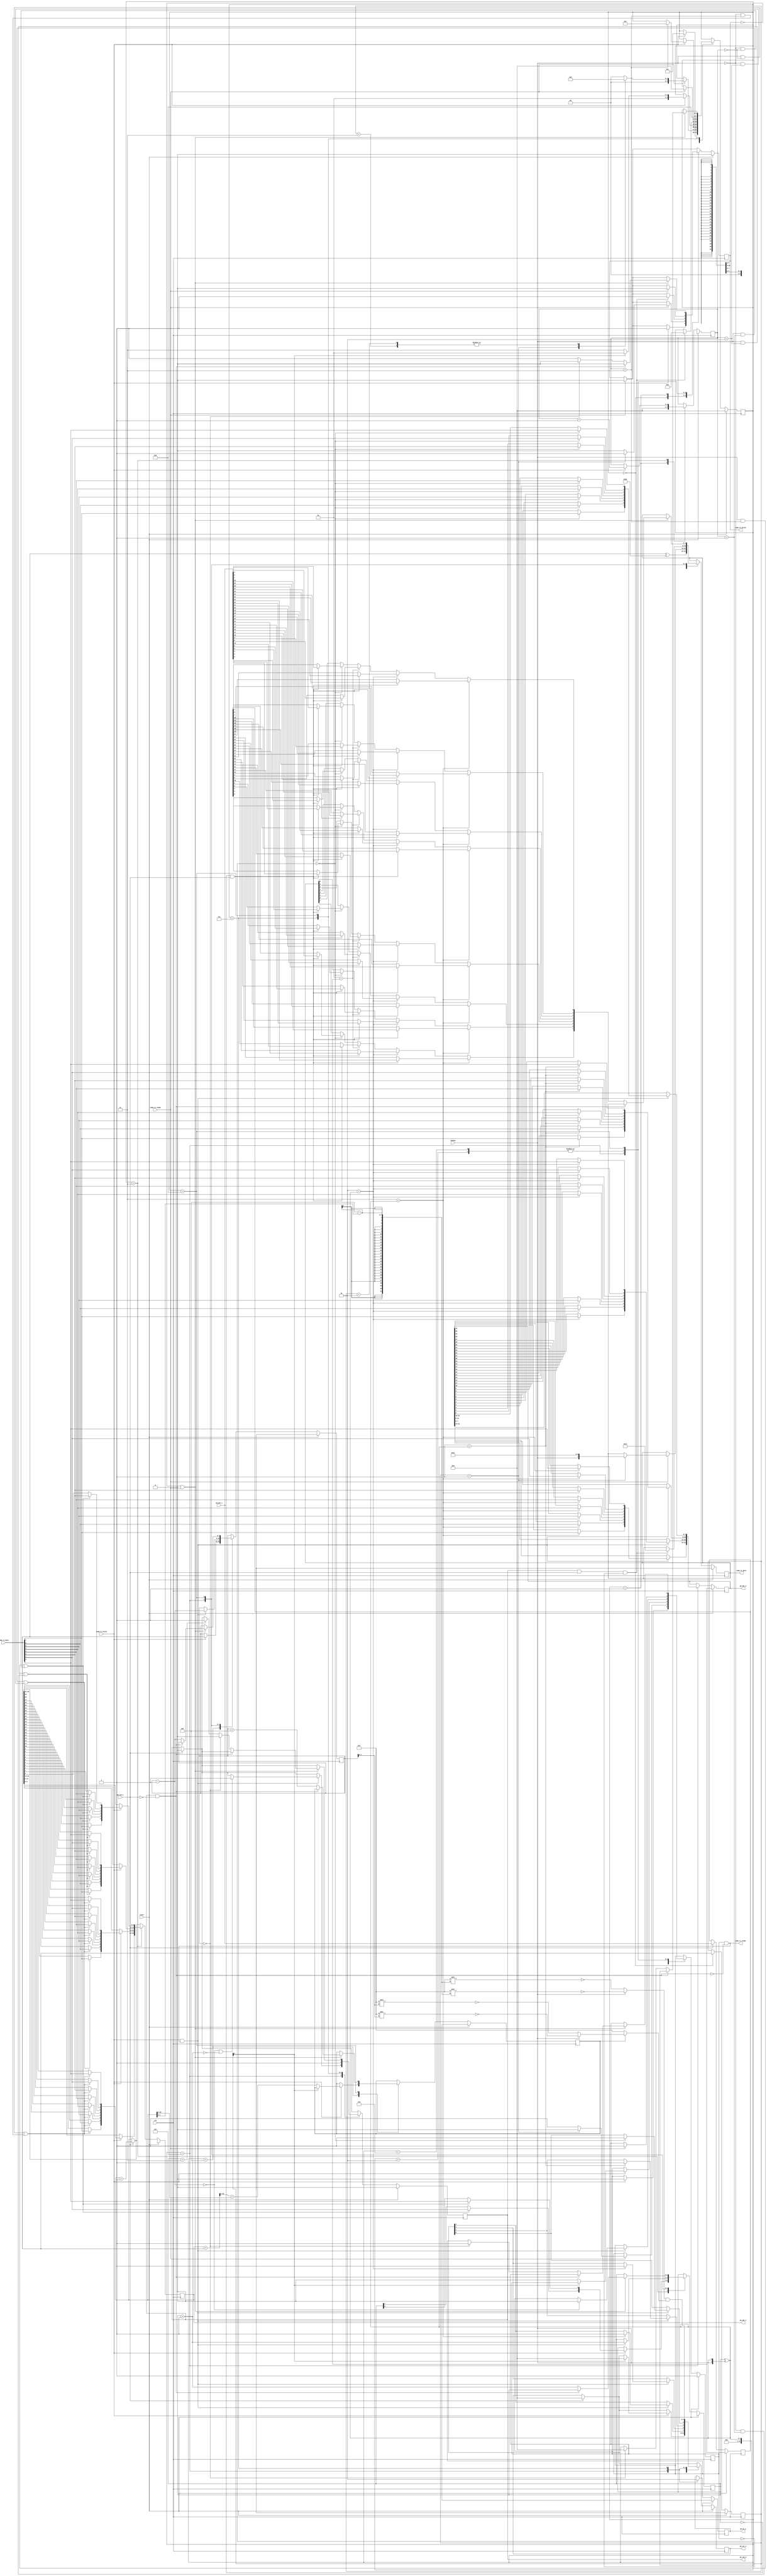
// ---------------------------------------------------------------------------
//  Jelly  -- The platform for real-time computing
//
//                                 Copyright (C) 2008-2015 by Ryuji Fuchikami
//                                 https://github.com/ryuz/jelly.git
// ---------------------------------------------------------------------------



`timescale       1ns / 1ps
`default_nettype none


// nop         8'h00
// nop               8'h80
//
// status      8'h01
// status_ack        8'h81 status
//
// read        8'h03       adr0 adr1 adr2 adr3 size  
// read_ack          8'ha0                          dat0 dat1 dat2 dat3 ....
//
// write       8'h02       adr0 adr1 adr2 adr3 size dat0 dat1 dat2 dat3 ....
// write_ack         8'h82                                                   8'hc2

`define COMM_CMD_NOP            8'h00
`define COMM_CMD_STATUS         8'h01
`define COMM_CMD_READ           8'h02
`define COMM_CMD_WRITE          8'h03

`define COMM_ACK_NOP            8'h80
`define COMM_ACK_STATUS         8'h81
`define COMM_ACK_READ           8'h82
`define COMM_ACK_WRITE          8'h83
`define COMM_ACK_WRITE_END      8'hc3


// debug comm
module jelly_comm_to_wishbone
        #(
            parameter   WB_ADR_WIDTH = 30,
            parameter   WB_DAT_SIZE  = 2,                   // log2 (0:8bit, 1:16nit, 2:32bit, ...)
            parameter   WB_DAT_WIDTH = (8 << WB_DAT_SIZE),
            parameter   WB_SEL_WIDTH = (1 << WB_DAT_SIZE)
        )
        (
            // system
            input   wire                        reset,
            input   wire                        clk,
            input   wire                        endian,
            
            // comm port
            output  wire    [7:0]               comm_tx_data,
            output  wire                        comm_tx_valid,
            input   wire                        comm_tx_ready,
            input   wire    [7:0]               comm_rx_data,
            input   wire                        comm_rx_valid,
            output  wire                        comm_rx_ready,
            
            // debug port (whishbone)
            output  wire    [WB_ADR_WIDTH-1:0]  wb_adr_o,
            input   wire    [WB_DAT_WIDTH-1:0]  wb_dat_i,
            output  wire    [WB_DAT_WIDTH-1:0]  wb_dat_o,
            output  wire                        wb_we_o,
            output  wire    [WB_SEL_WIDTH-1:0]  wb_sel_o,
            output  wire                        wb_stb_o,
            input   wire                        wb_ack_i
        );
    
    localparam  ADR_BYTES    = ((WB_ADR_WIDTH + WB_DAT_SIZE + 7) >> 3) == 0 ? 1 : ((WB_ADR_WIDTH + WB_DAT_SIZE  + 7) >> 3);
    localparam  ADR_SEL_BITS = WB_DAT_SIZE == 0 ? 1 : WB_DAT_SIZE;
    
    // status
    wire    [7:0]   status_data;
    assign status_data[3:0]  = ADR_BYTES;
    assign status_data[6:4]  = WB_DAT_SIZE;
    assign status_data[7]    = endian;
    
    
    // state
    localparam  [3:0]   ST_IDLE       = 0;
    localparam  [3:0]   ST_ACK        = 1;
    localparam  [3:0]   ST_STATUS     = 2;
    localparam  [3:0]   ST_ADR        = 3;
    localparam  [3:0]   ST_SIZE       = 4;
    localparam  [3:0]   ST_WRITE      = 5;
    localparam  [3:0]   ST_WRITE_END  = 6;
    localparam  [3:0]   ST_READ_START = 7;
    localparam  [3:0]   ST_READ       = 8;
    
    reg     [3:0]               reg_state,      next_state;
    
    reg     [7:0]               reg_cmd,        next_cmd;
    reg     [7:0]               reg_size,       next_size;
    reg     [3:0]               reg_count,      next_count;
    reg     [ADR_SEL_BITS-1:0]  reg_adr_count,  next_adr_count;
    
    reg                         reg_tx_valid,   next_tx_valid;
    reg     [7:0]               reg_tx_data,    next_tx_data;
    
    reg                         reg_rx_ready,   next_rx_ready;
    
    reg     [WB_ADR_WIDTH-1:0]  reg_wb_adr_o,   next_wb_adr_o;
    reg     [WB_DAT_WIDTH-1:0]  reg_wb_dat_o,   next_wb_dat_o;
    reg                         reg_wb_we_o,    next_wb_we_o;
    reg     [WB_SEL_WIDTH-1:0]  reg_wb_sel_o,   next_wb_sel_o;
    reg                         reg_wb_stb_o,   next_wb_stb_o;

    reg     [WB_DAT_WIDTH-1:0]  reg_read_data,  next_read_data;
//  reg                         reg_read_valid, next_read_valid;
    reg                         reg_read_last,  next_read_last;
    
    reg     [WB_SEL_WIDTH-1:0]  tmp_read_first_mask;
    reg     [WB_SEL_WIDTH-1:0]  tmp_read_last_mask;
    
    integer                     i, j;
    
    always @ ( posedge clk ) begin
        if ( reset ) begin
            reg_state      <= ST_IDLE;
            reg_cmd        <= {8{1'bx}};
            reg_size       <= {8{1'bx}};
            reg_count      <= {2{1'bx}};
            reg_adr_count  <= {ADR_SEL_BITS{1'bx}};
            
            reg_tx_valid   <= 1'b0;
            reg_tx_data    <= {8{1'bx}};
            
            reg_rx_ready   <= 1'b1;
            
            reg_wb_adr_o   <= {WB_ADR_WIDTH{1'bx}};
            reg_wb_dat_o   <= {WB_DAT_WIDTH{1'bx}};
            reg_wb_we_o    <= 1'bx;
            reg_wb_sel_o   <= {WB_SEL_WIDTH{1'bx}};
            reg_wb_stb_o   <= 1'b0;
            
//          reg_read_valid <= 1'bx;
            reg_read_data  <= {WB_DAT_WIDTH{1'bx}};
            reg_read_last  <= 1'bx;
        end
        else begin
            reg_state      <= next_state;
            reg_cmd        <= next_cmd;
            reg_size       <= next_size;
            reg_count      <= next_count;
            reg_adr_count  <= next_adr_count;
            
            reg_tx_valid   <= next_tx_valid;
            reg_tx_data    <= next_tx_data;
            
            reg_rx_ready   <= next_rx_ready;
                            
            reg_wb_adr_o   <= next_wb_adr_o;
            reg_wb_dat_o   <= next_wb_dat_o;
            reg_wb_we_o    <= next_wb_we_o;
            reg_wb_sel_o   <= next_wb_sel_o;
            reg_wb_stb_o   <= next_wb_stb_o;
            
//          reg_read_valid <= next_read_valid;
            reg_read_data  <= next_read_data;
            reg_read_last  <= next_read_last;
        end
    end
    
    
    always @* begin
        next_state      = reg_state;
        next_cmd        = reg_cmd;
        next_size       = reg_size;
        next_count      = reg_count;
        next_adr_count  = reg_adr_count;
        
        next_tx_valid   = reg_tx_valid;
        next_tx_data    = reg_tx_data;
        
        next_rx_ready   = reg_rx_ready;
        
        next_wb_adr_o   = reg_wb_adr_o;
        next_wb_dat_o   = reg_wb_dat_o;
        next_wb_we_o    = reg_wb_we_o;
        next_wb_sel_o   = reg_wb_sel_o;
        next_wb_stb_o   = reg_wb_stb_o;
        
//      next_read_valid = reg_read_valid;
        next_read_data  = reg_read_data;
        next_read_last  = reg_read_last;
        
        
        // wishbone access end
        if ( wb_ack_i ) begin
//          next_read_valid = 1'b1;
            next_read_data  = wb_dat_i;
            next_wb_adr_o   = reg_wb_adr_o + 1;
            next_wb_sel_o   = 4'b0000;
            next_wb_stb_o   = 1'b0;
        end
        
        // fifo tx access end
        if ( comm_tx_ready ) begin
            next_tx_valid = 1'b0;
        end
        
        // create read mask
        tmp_read_first_mask = {WB_SEL_WIDTH{1'b1}};
        tmp_read_last_mask  = {WB_SEL_WIDTH{1'b1}};
        if ( WB_DAT_SIZE > 0 ) begin
            if ( endian ) begin
                tmp_read_first_mask = ~({WB_SEL_WIDTH{1'b1}} >> ((1 << WB_DAT_SIZE) - reg_wb_adr_o[ADR_SEL_BITS-1:0]));
            end
            else begin
                tmp_read_first_mask = ~({WB_SEL_WIDTH{1'b1}} << ((1 << WB_DAT_SIZE) - reg_wb_adr_o[ADR_SEL_BITS-1:0]));
            end
        end
        if ( reg_read_last && (WB_DAT_SIZE > 0) ) begin
            if ( endian ) begin
                tmp_read_last_mask = ~({WB_SEL_WIDTH{1'b1}} >> reg_size[WB_DAT_SIZE-1:0]);
            end
            else begin
                tmp_read_last_mask = ~({WB_SEL_WIDTH{1'b1}} << reg_size[WB_DAT_SIZE-1:0]);
            end
        end
        
        case ( reg_state )
        ST_IDLE:
            begin
                next_cmd     = comm_rx_data;
                next_tx_data = (next_cmd ^ 8'h80);
                if ( comm_rx_valid ) begin
                    next_tx_valid = 1'b1;
                    next_rx_ready = 1'b0;
                    next_state    = ST_ACK;
                end
            end
            
        ST_ACK:
            begin
                next_count = 0;
                if ( comm_tx_ready ) begin
                    case ( reg_cmd )
                    `COMM_CMD_NOP:      begin next_state = ST_IDLE;   next_tx_valid = 1'b0; next_rx_ready = 1'b1; end
                    `COMM_CMD_STATUS:   begin next_state = ST_STATUS; next_tx_valid = 1'b1; next_tx_data  = status_data; next_rx_ready = 1'b0; end
                    `COMM_CMD_WRITE:    begin next_state = ST_ADR;    next_tx_valid = 1'b0; next_rx_ready = 1'b1; end
                    `COMM_CMD_READ:     begin next_state = ST_ADR;    next_tx_valid = 1'b0; next_rx_ready = 1'b1; end
                    default:            begin next_state = ST_IDLE;   next_tx_valid = 1'b0; next_rx_ready = 1'b1; end
                    endcase
                end
            end
            
        ST_STATUS:
            begin
                if ( comm_tx_ready ) begin
                    next_tx_valid = 1'b0;
                    next_rx_ready = 1'b1;
                    next_state    = ST_IDLE;
                end
            end
            
        ST_ADR:
            begin
                if ( comm_rx_valid ) begin
                    for ( i = 0; i < ADR_BYTES; i = i + 1 ) begin
                        if ( (endian && (reg_count == (ADR_BYTES-1 - i))) || (!endian && (reg_count == i)) ) begin
                            for ( j = 0; j < 8; j = j + 1 ) begin
                                if ( (i*8 + j < WB_ADR_WIDTH+WB_DAT_SIZE) && (i*8 + j >= WB_DAT_SIZE) ) begin
                                    next_wb_adr_o[i*8 + j - WB_DAT_SIZE] = comm_rx_data[j];
                                end
                                else if ( i*8 + j < WB_DAT_SIZE ) begin
                                    next_adr_count[i*8 + j] = comm_rx_data[j];
                                end
                            end
                        end
                    end
                    if ( reg_count == (ADR_BYTES-1) ) begin
                        next_state = ST_SIZE;
                    end
                    next_count = reg_count + 1;
                end
            end
            
        ST_SIZE:
            begin
                if ( comm_rx_valid ) begin
                    next_size  = comm_rx_data;
                    if ( reg_cmd[0] ) begin
                        next_wb_sel_o  = 0;
                        next_state     = ST_WRITE;
                    end
                    else begin
                        next_state     = ST_READ_START;
                        next_rx_ready  = 1'b0;
                        next_read_last = (((reg_wb_adr_o + comm_rx_data) >> WB_DAT_SIZE) == (reg_wb_adr_o >> WB_DAT_SIZE));
                    end
                end
            end
            
        ST_WRITE:
            begin
                next_wb_we_o = 1'b1;
                if ( wb_stb_o & wb_ack_i & !reg_rx_ready ) begin
                    next_tx_valid = 1'b1;
                    next_tx_data  = `COMM_ACK_WRITE_END;
                    next_state    = ST_WRITE_END;
                end
                if ( comm_rx_valid & comm_rx_ready ) begin
                    for ( i = 0; i < WB_SEL_WIDTH; i = i + 1 ) begin
                        if ( (i == (reg_adr_count ^ {ADR_SEL_BITS{endian}})) || (WB_DAT_SIZE == 0) ) begin
                            next_wb_sel_o[i] = 1'b1;
                            for ( j = 0; j < 8; j = j + 1 ) begin
                                next_wb_dat_o[i*8 + j] = comm_rx_data[j];
                            end
                        end
                    end
                    
                    next_adr_count = reg_adr_count + 1;
                    next_size      = reg_size - 1;
                    if ( next_size == 0 ) begin
                        next_rx_ready = 1'b0;
                    end
                    if ( (next_size == 0) || (next_adr_count == 0) ) begin
                        next_wb_stb_o = 1'b1;
                    end
                end
            end
            
        ST_WRITE_END:
            begin
                if ( comm_tx_ready ) begin
                    next_tx_valid   = 1'b0;
                    next_rx_ready   = 1'b1;
//                  next_read_valid = 1'b0;
                    next_state      = ST_IDLE;
                end
            end
            
        ST_READ_START:
            begin
                next_wb_sel_o = tmp_read_first_mask & tmp_read_last_mask;
                next_wb_we_o  = 1'b0;
                next_wb_stb_o = 1'b1;
                next_state    = ST_READ;
            end
            
        ST_READ:
            begin
                if ( !comm_tx_valid | comm_tx_ready ) begin
                    // comm
                    if ( !(wb_stb_o & !wb_ack_i) ) begin
                        next_tx_valid = 1'b1;
                        for ( i = 0; i < WB_SEL_WIDTH; i = i + 1 ) begin
                            if ( (i == ({ADR_SEL_BITS{endian}} ^ reg_adr_count)) || (WB_DAT_SIZE == 0) ) begin
                                for ( j = 0; j < 8; j = j + 1 ) begin
                                    if ( (reg_adr_count == 0) && wb_ack_i ) begin
                                        next_tx_data[j] = wb_dat_i[i*8 + j];
                                    end
                                    else begin
                                        next_tx_data[j] = reg_read_data[i*8 + j];
                                    end
                                end
                            end
                        end
                        next_adr_count = reg_adr_count + 1;
                        
                        if ( reg_size == 0 ) begin
                            next_wb_stb_o = 1'b0;
                            next_tx_valid = 1'b0;
                            next_rx_ready = 1'b1;
                            next_state    = ST_IDLE;
                        end
                        else if ( (reg_adr_count == {ADR_SEL_BITS{1'b1}}) || (WB_DAT_SIZE == 0) ) begin
                            next_wb_stb_o = 1'b1;
                        end
                        
                        next_size      = next_size - 1;
                        next_read_last = (reg_size < WB_SEL_WIDTH);
                    end
                    else begin
                        next_tx_valid = 1'b0;
                    end
                end
            end
        endcase
    end
    
    
    assign wb_adr_o      = reg_wb_adr_o;
    assign wb_dat_o      = reg_wb_dat_o;
    assign wb_we_o       = reg_wb_we_o;
    assign wb_sel_o      = reg_wb_sel_o;
    assign wb_stb_o      = reg_wb_stb_o;
    
    assign comm_tx_data  = reg_tx_data;
    assign comm_tx_valid = reg_tx_valid;
    
    assign comm_rx_ready = reg_rx_ready & !(wb_stb_o & !wb_ack_i);
    
endmodule


`default_nettype wire


// end of file